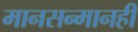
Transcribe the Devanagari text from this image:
मानसन्मानही